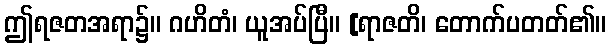
ဤရဇတအရာ၌။ ဂဟိတံ၊ ယူအပ်ပြီ။ [ရာဇတိ၊ တောက်ပတတ်၏။